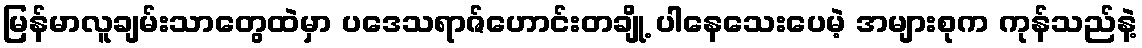
မြန်မာလူချမ်းသာတွေထဲမှာ ပဒေသရာဇ်ဟောင်းတချို့ ပါနေသေးပေမဲ့ အများစုက ကုန်သည်နဲ့